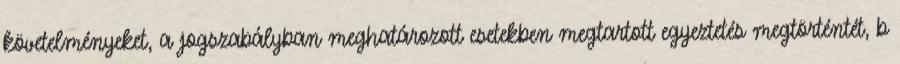
követelményeket, a jogszabályban meghatározott esetekben megtartott egyeztetés megtörténtét, b